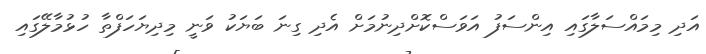
އަދި މިމައްސަލާގައި އިންސަފު އަވަސްކޮށްދިނުމަށް އެދި ގިނަ ބަޔަކު ވަނީ މިދިޔަހަފްތާ ހުޅުމާލޭގައި